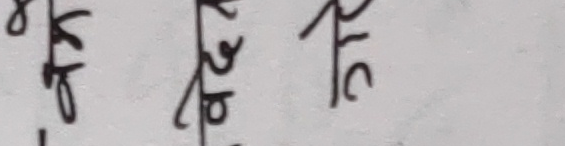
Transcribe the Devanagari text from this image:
कृषि